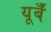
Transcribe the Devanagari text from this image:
यूर्बँ